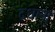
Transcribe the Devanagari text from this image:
दधानाः